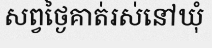
សព្វថ្ងៃគាត់រស់នៅឃុំ